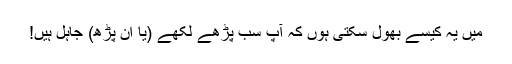
میں یہ کیسے بھول سکتی ہوں کہ آپ سب پڑھے لکھے (یا ان پڑھ) جاہل ہیں!